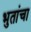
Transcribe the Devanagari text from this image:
भुतांचा